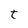
Character: t